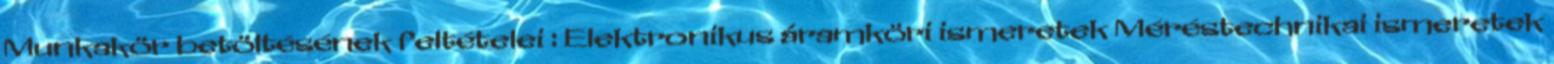
Munkakör betöltésének feltételei : Elektronikus áramköri ismeretek Méréstechnikai ismeretek